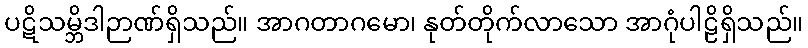
ပဋိသမ္ဘိဒါဉာဏ်ရှိသည်။ အာဂတာဂမော၊ နုတ်တိုက်လာသော အာဂုံပါဠိရှိသည်။